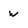
Character: w